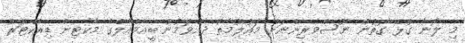
މި ލޯނާ ގުޅޭ ގޮތުން ނޫސްވެރިންނަށް މައުލޫމާތު ދެއްވަމުން ބީއެމްއެލްގެ މާކެޓިން ޑިރެކްޓަރު